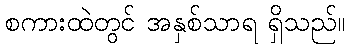
စကားထဲတွင် အနှစ်သာရ ရှိသည်။